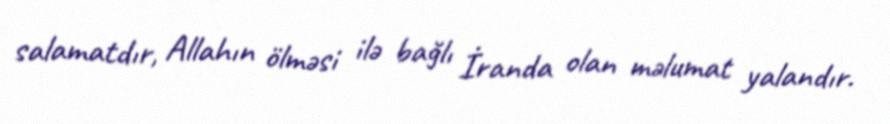
salamatdır, Allahın ölməsi ilə bağlı İranda olan məlumat yalandır.